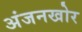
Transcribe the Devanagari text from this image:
अंजनखोर